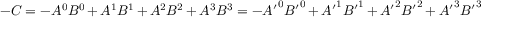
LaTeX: - C = - A ^ { 0 } B ^ { 0 } + A ^ { 1 } B ^ { 1 } + A ^ { 2 } B ^ { 2 } + A ^ { 3 } B ^ { 3 } = - { A ^ { \prime } } ^ { 0 } { B ^ { \prime } } ^ { 0 } + { A ^ { \prime } } ^ { 1 } { B ^ { \prime } } ^ { 1 } + { A ^ { \prime } } ^ { 2 } { B ^ { \prime } } ^ { 2 } + { A ^ { \prime } } ^ { 3 } { B ^ { \prime } } ^ { 3 }